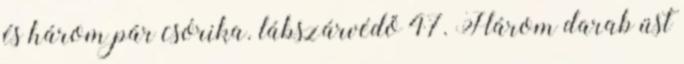
és három pár csórika. lábszárvédő 47. Három darab üst